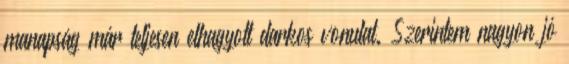
manapság már teljesen elhagyott darkos vonulat. Szerintem nagyon jó